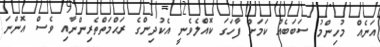
އަނެއް މުހިންމު ސަބަބެއް ކަމަށް ފާހަގަ ކޮއްލެވެނީ އެކުދިންގެ ރަޙްމަތްތެރިންނާއި ވެސް އޮންނަ